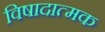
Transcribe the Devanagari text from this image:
विषादात्मक